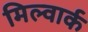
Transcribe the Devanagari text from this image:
मिल्वार्क